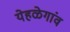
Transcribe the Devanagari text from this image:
येहळेगांव